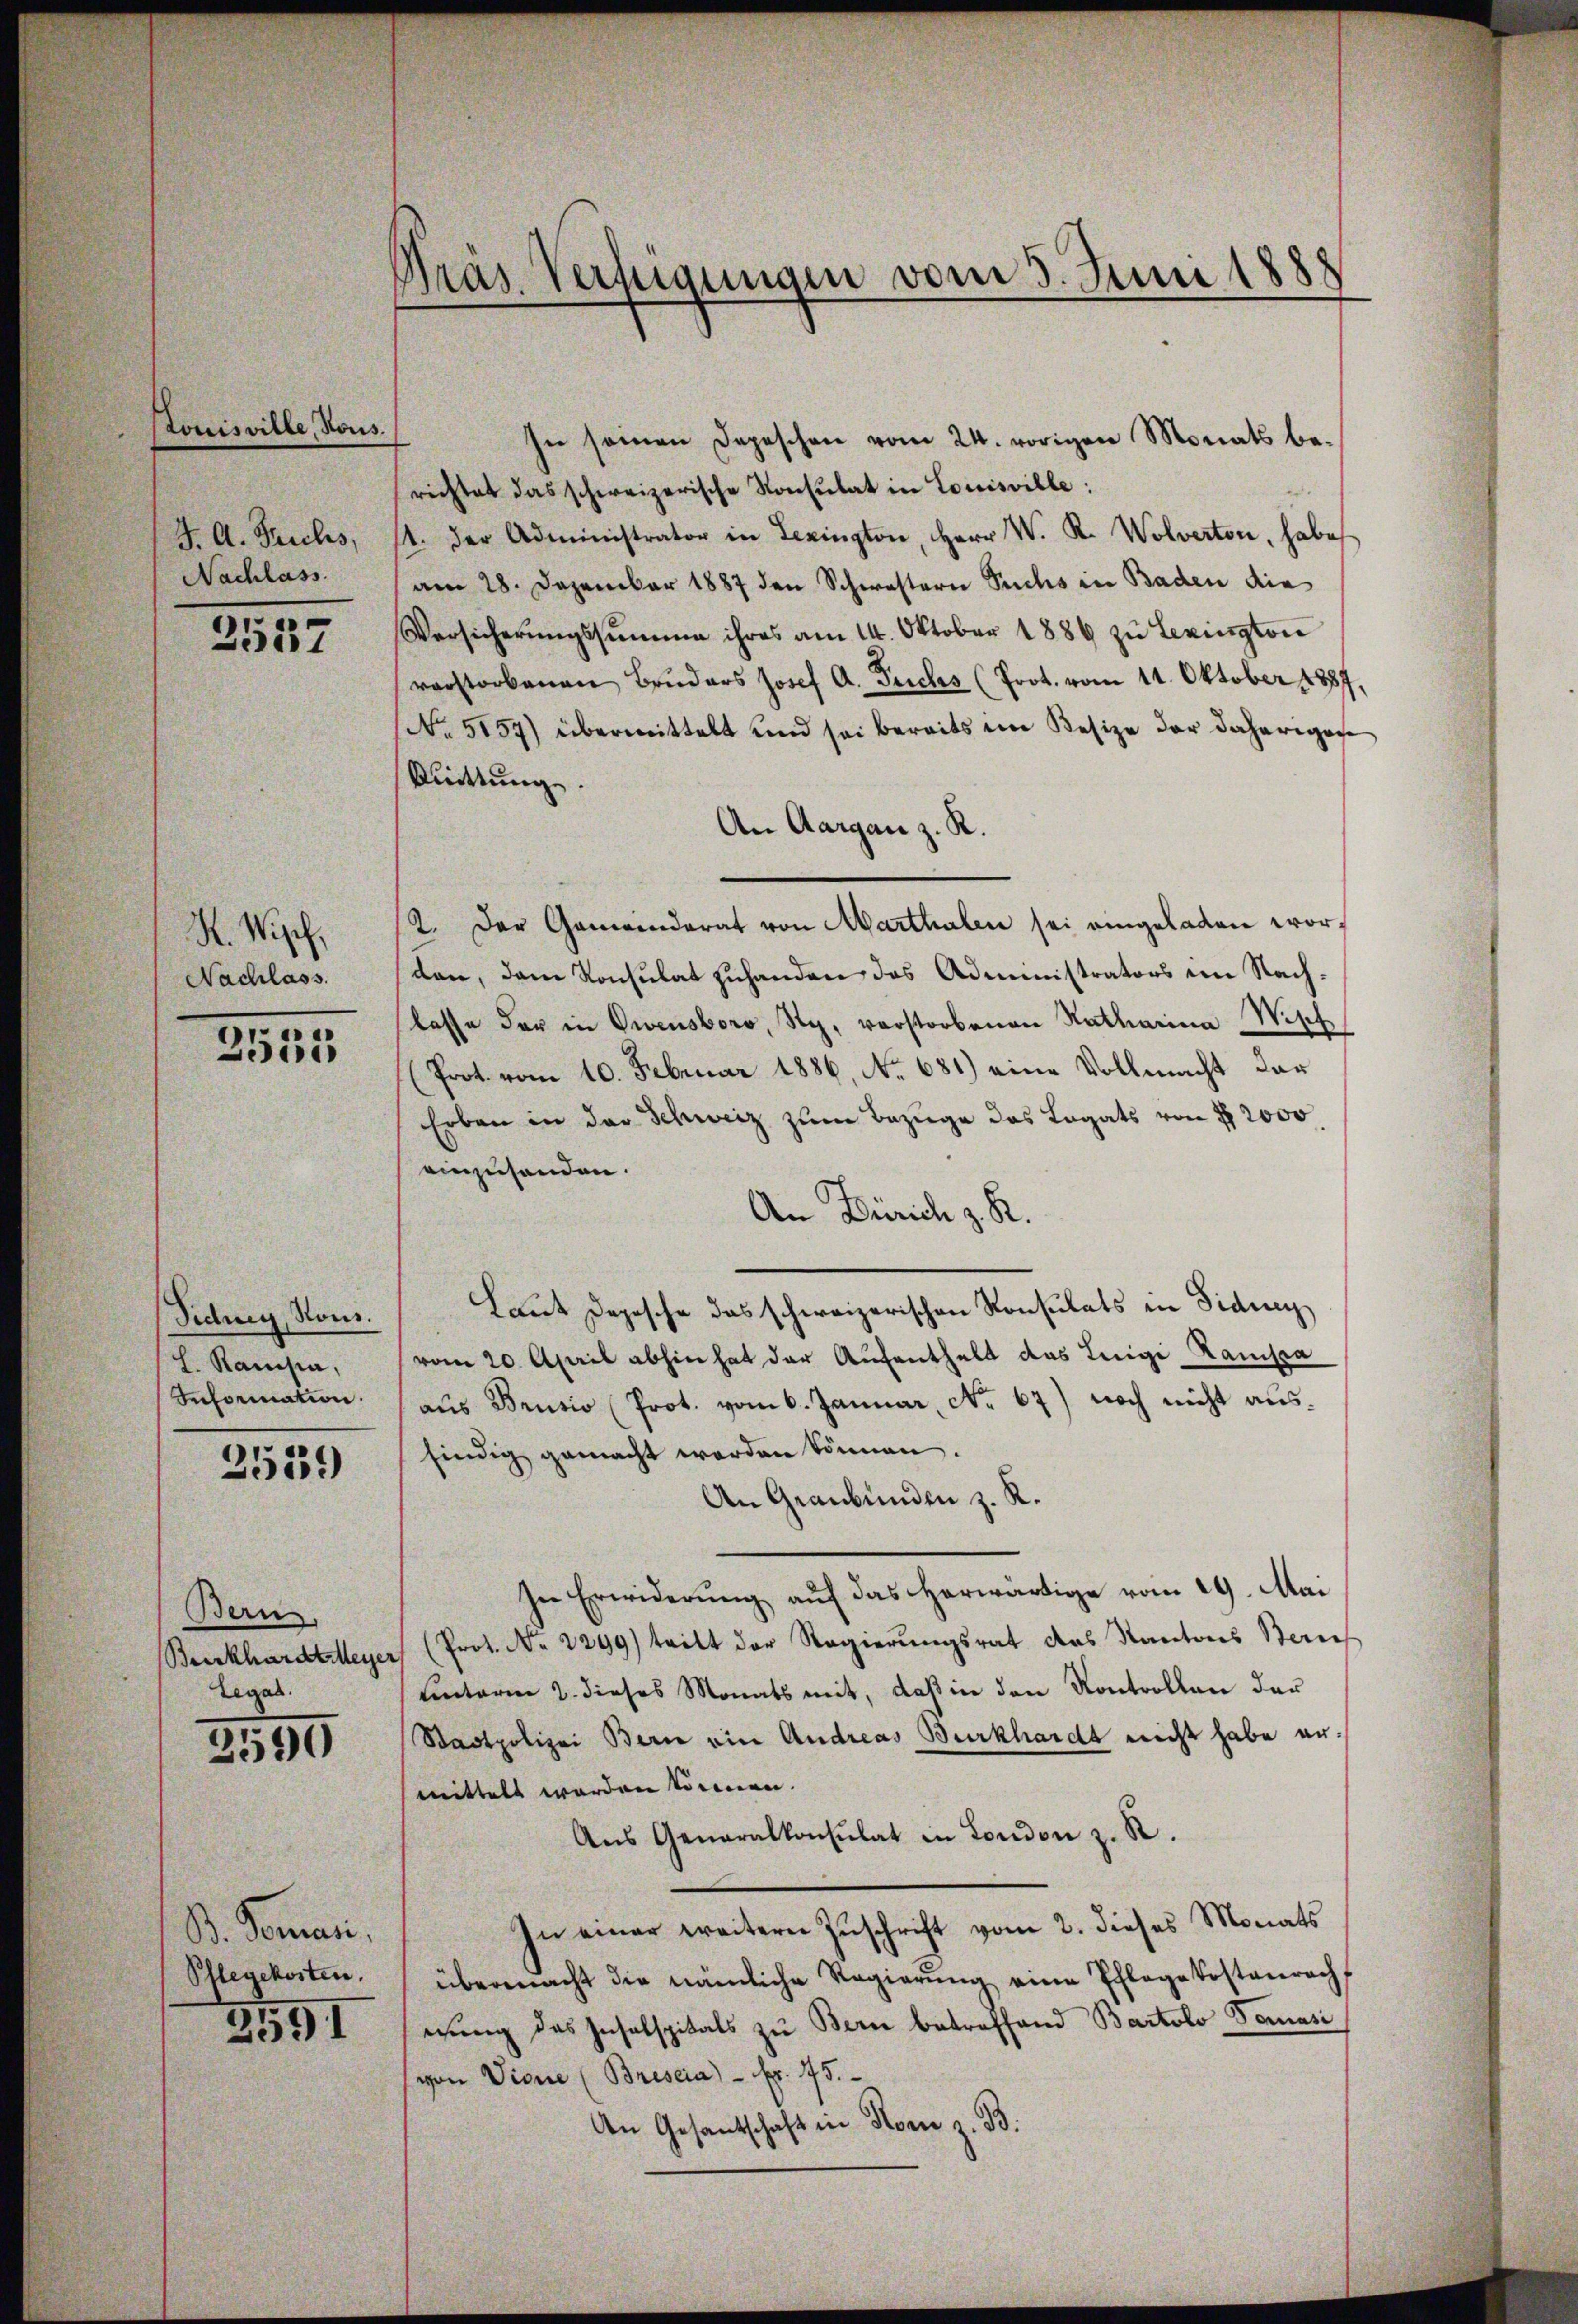
Louisville, Vous.
J. A. Trichs,
Nachlass.

2537

K. Wipf,
Nachlass.

2555

Sidney, Nous.
h. Ramsia,
Information.

2539

Bern.
Burkhardt Meyer
Legal.

2590

B. Gemari,
Pflegekosten.

)
¬

Präs. Verfügungen vom 3. Juni 1888

In seien Depeschen vom 24. vorigen Monats berichtet das schweizerische Konsulat in Louisville:
4. der Administrator in Lexington, Herr W. R. Wolverten, habe
am 28. Dezember 1887 den Schwestern Suchs in Baden die
Versicherŭngssumme ihres am 14. Oktober 1886 zu Levingtoni
vorstorbenen Bruders Josef A. Tuchs (Prot. vom 11. Oktober 1887.
No 5157) übermittelt und sei bereits im Besize der daherigese
kuittung.
An Aargau z. R.
2. Der Gemeinderat von Marthalen sei eingeladen worden, dem Konsulat zuhanden das Administrators im Nachlasse der in Owensboro, Sy, vorstorbenen Ratharina Wisch
Prot. vom 10. Februar 1886, N. 681) eine Vollmacht dar
Erben in der Schweiz zum Bezuge das Legats von § 2000
einzuhanden.
An Zürich z. R.
Laut Depesche das schweizerischen Konsulats in Fidung
vom 20. April abhin hat der Aufenthalt das Luigi Kausa
aus Brusio (Prot. vom 6. Januar, No 67) noch nicht ausfindig gemacht werden können.
An Graubünden z. R.
In Erwiderung auf das herwärtige vom 29. Mai
Prot. No. 2299) tritt der Regierungsrat das Kantons Zürich
hinterm 2. dieses Monats mit, daß in den Kontrollen der
Stadtpolizei Bern ein Andreas Burkhardt nicht habe ermittelt werden können.
Aus Generalkonsulat in London z. R.
an einer weitern Zŭschrift vom 2. dieses Monats
übermacht die nämliche Regierŭng eine Pflegekostenrecht
erung des Insalspitals zu Bern betreffend Bartolo Tomasi
von Vione (Brescia) - fr. 75.
An Gesantschaft in Rom z. B.